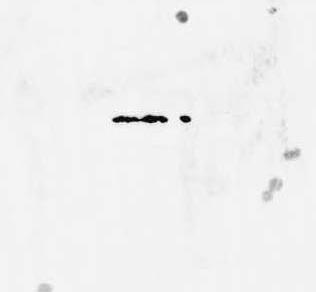
可